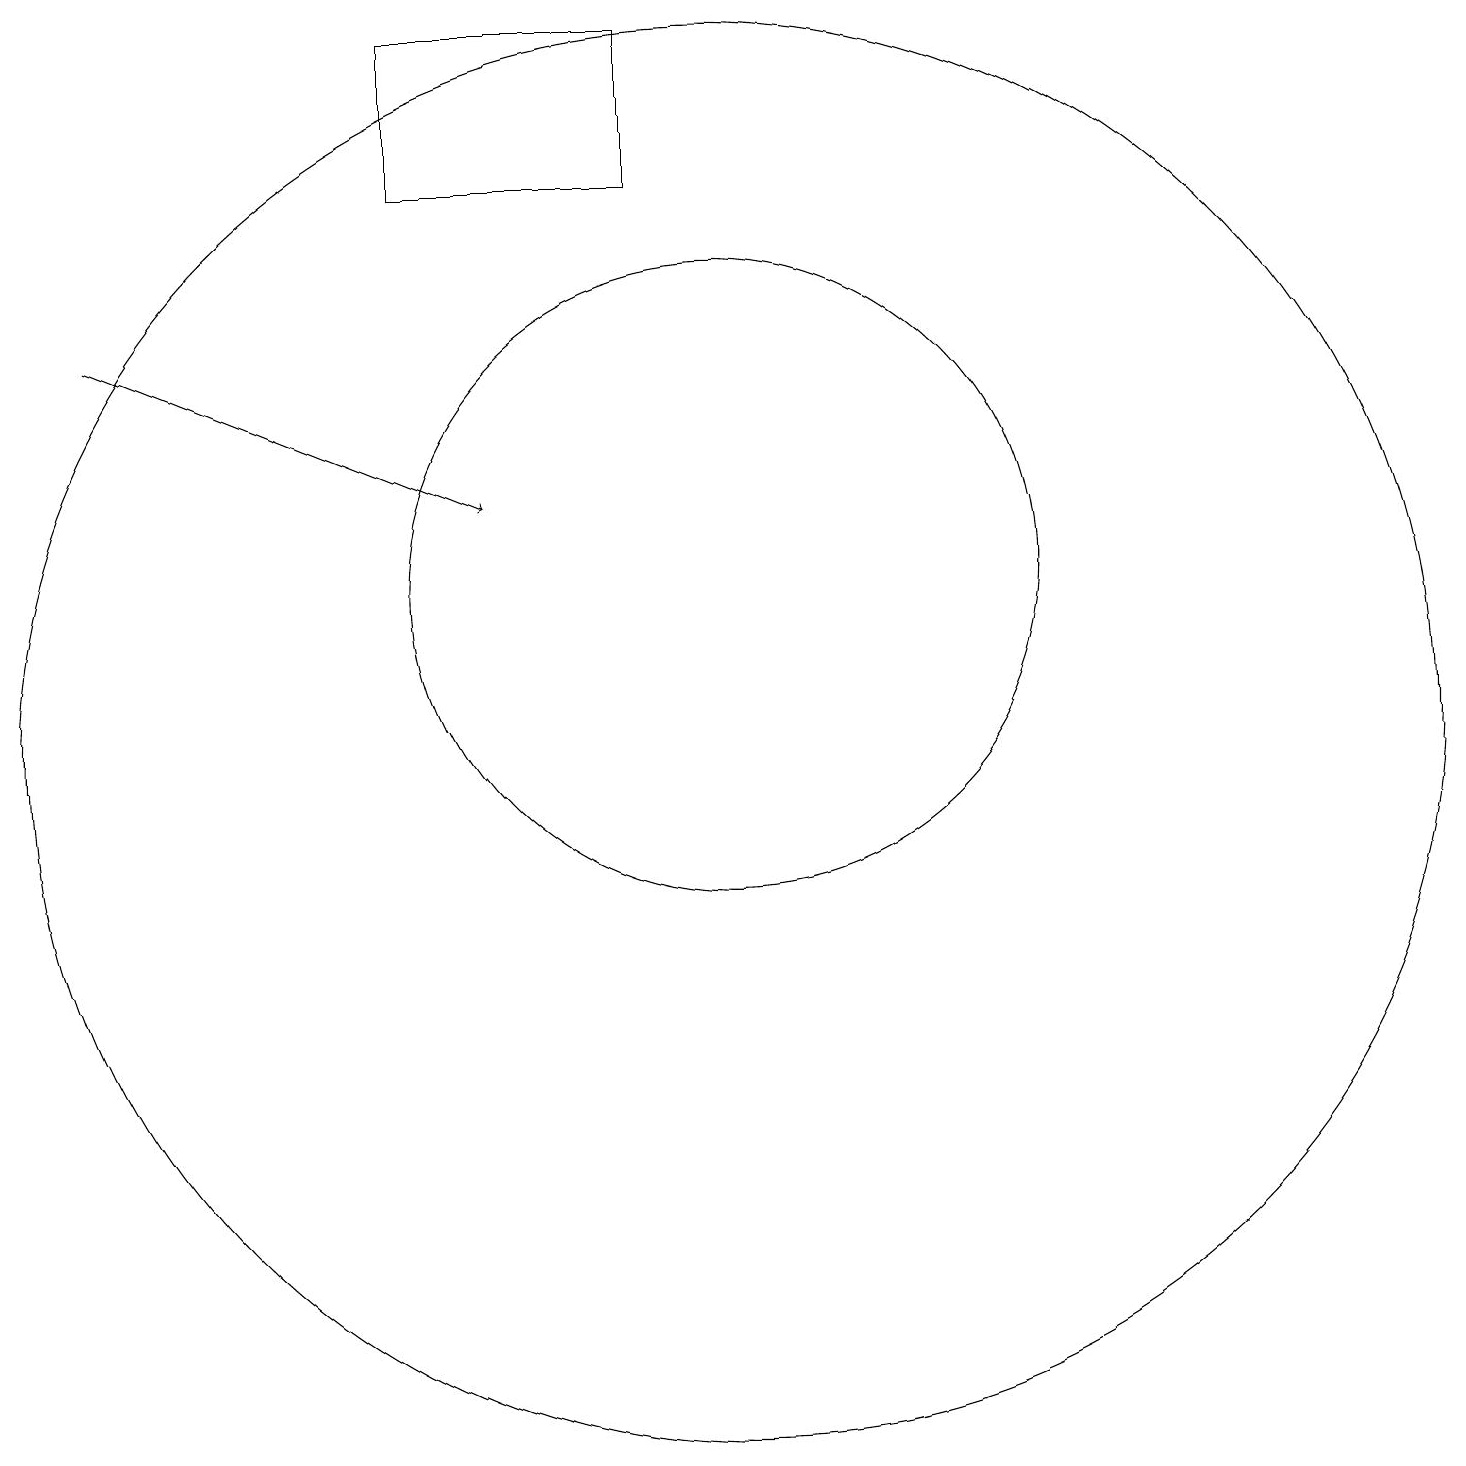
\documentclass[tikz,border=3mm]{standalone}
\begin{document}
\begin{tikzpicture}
\draw (6,19) rectangle (9,17);
\draw[->] (2,15) -- (7,13);
\draw (10,12) circle (4);
\draw (10,10) circle (9);
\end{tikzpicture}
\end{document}